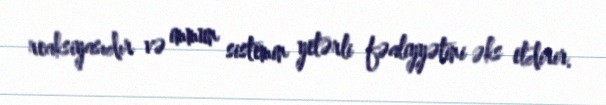
reaksiyasıdır və immun sistemin yetərli fəaliyyətini əks etdirir.